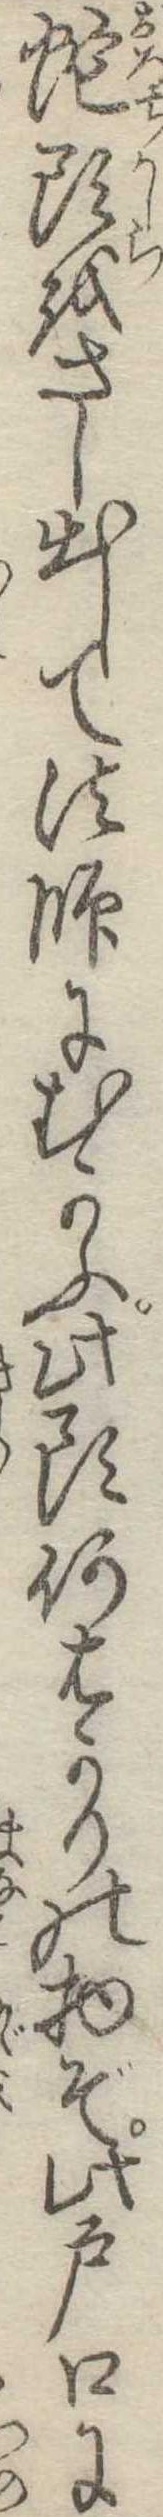
蛇頭をさし出して法師にむかふ此頭何はかりの物ぞ此戸口に